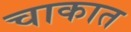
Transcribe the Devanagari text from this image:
चाकात